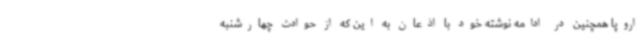
اروپا همچنین در ادامه نوشته خود با اذعان به این که از حوادث چهارشنبه